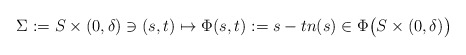
\begin{align*} \Sigma:=S\times (0,\delta)\ni (s,t)\mapsto \Phi(s,t):=s-tn(s)\in \Phi\big(S\times (0,\delta)\big)\end{align*}